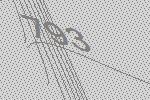
793